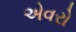
એવરો